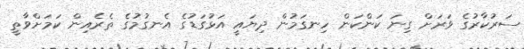
ސަރުކާރުގެ ވަރަށް ގިނަ ކަންކަން ހިނގަމުން ދިޔައީ އަޅުގަޑުގެ އެނގުމުގެ ތެރެއިން ކަމަށްވާތީ